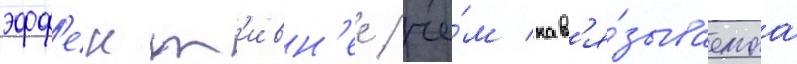
эфф'ект'ивн'ее / че́м нав'я́зываемаа